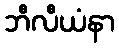
ဘီလီယံနာ